Indian journal of veterinary science and animal husbandry - Volumes 28-29, 1958-1959
Year: 1958
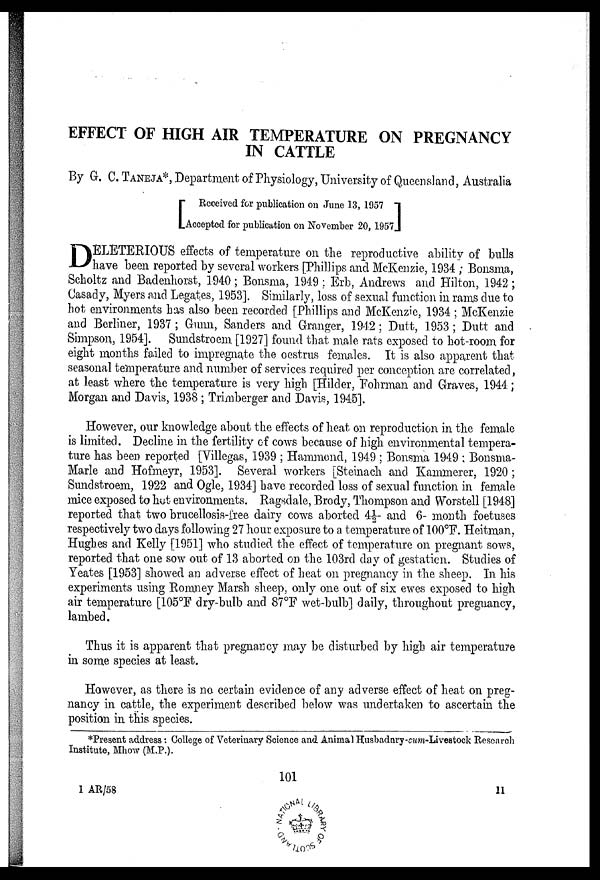
EFFECT OF HIGH AIR TEMPERATURE ON PREGNANCY
IN CATTLE
By G. C. TANEJA*, Department of Physiology, University of Queensland, Australia
[ Received for publication on June 13, 1957
Accepted for publication on November 20, 1957 ]
D ELETERIOUS effects of temperature on the reproductive ability of bulls
have been reported by several workers [Phillips and McKenzie, 1934 ; Bonsma,
Scholtz and Badenhorst, 1940 ; Bonsma, 1949 ; Erb, Andrews and Hilton, 1942 ;
Casady, Myers and Legates, 1953]. Similarly, loss of sexual function in rams due to
hot environments has also been recorded [Phillips and McKenzie, 1934 ; McKenzie
and Berliner, 1937 ; Grain, Sanders and Granger, 1942; Dutt, 1953 ; Dutt and
Simpson, 1954]. Sundstroem [1927] found that male rats exposed to hot-room for
eight months failed to impregnate the oestrus females. It is also apparent that
seasonal temperature and number of services required per conception are correlated,
at least where the temperature is very high [Hilder, Fohrman and Graves, 1944;
Morgan and Davis, 1938 ; Trimberger and Davis, 1945].
However, our knowledge about the effects of heat on reproduction in the female
is limited. Decline in the fertility of cows because of high environmental tempera-
ture has been reported [Villegas, 1939 ; Hammond, 1949 ; Bonsma 1949 ; Bonsma-
Marle and Hofmeyr, 1953]. Several workers [Steinach and Kammerer, 1920 ;
Sundstroem, 1922 and Ogle, 1934] have recorded loss of sexual function in female
mice exposed to hot environments. Ragsdale, Brody, Thompson and Worstell [1948]
reported that two brucellosis-free dairy cows aborted 4½ and 6- month foetuses
respectively two days following 27 hour exposure to a temperature of 100°F. Heitman,
Hughes and Kelly [1951] who studied the effect of temperature on pregnant sows,
reported that one sow out of 13 aborted on the 103rd day of gestation. Studies of
Yeates [1953] showed an adverse effect of heat on pregnancy in the sheep. In his
experiments using Romney Marsh sheep, only one out of six ewes exposed to high
air temperature [105°F dry-bulb and 87°F wet-bulb] daily, throughout pregnancy,
lambed.
Thus it is apparent that pregnancy may be disturbed by high air temperature
in some species at least.
However, as there is no certain evidence of any adverse effect of heat on preg-
nancy in cattle, the experiment described below was undertaken to ascertain the
position in this species.
*Present address: College of Veterinary Science and Animal Husbadnry-cum-Livestock Research
Institute, Mhow (M.P.).
101
1 AR/58
11